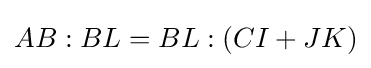
AB:BL=BL:(CI+JK)